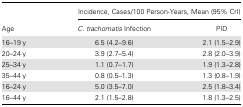
| <ROWSPAN=2> Age | <COLSPAN=2> Incidence, Cases/100 Person-Years, Mean (95% CrI) |
 | C. trachomatis Infection | PID |
 | --- | --- | --- |
 | 16–19 y | 6.5 (4.2–9.6) | 2.1 (1.5–2.9) |
 | 20–24 y | 3.9 (2.7–5.4) | 2.8 (2.0–3.9) |
 | 25–34 y | 1.1 (0.7–1.7) | 1.9 (1.3–2.8) |
 | 35–44 y | 0.8 (0.5–1.3) | 1.3 (0.8–1.9) |
 | 16–24 y | 5.0 (3.5–7.0) | 2.5 (1.8–3.4) |
 | 16–44 y | 2.1 (1.5–2.8) | 1.8 (1.3–2.5) |